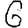
Digit: 6